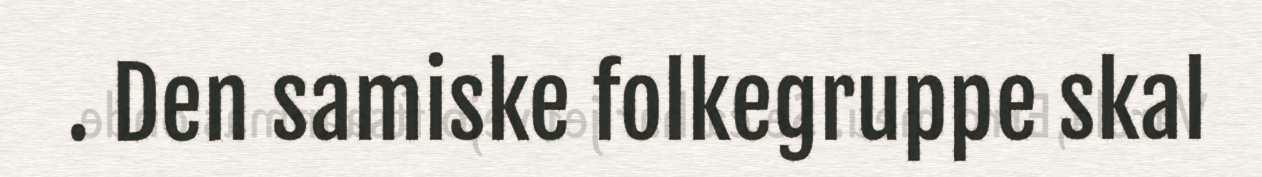
. Den samiske folkegruppe skal